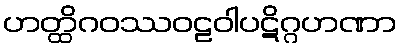
ဟတ္ထိဂဝဿဝဠဝါပဋိဂ္ဂဟဏာ